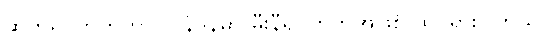
ဆိုဟိုရပ်ကွက်ဟာ လန်ဒန်မှာ မီးနီရပ်ကွက်အဖြစ် ထင်ရှားပါတယ်။